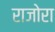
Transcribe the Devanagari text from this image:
राजोरा